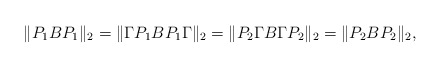
\begin{align*}\|P_1BP_1\|_2 = \| \Gamma P_1BP_1 \Gamma \|_2 =\|P_2 \Gamma B \Gamma P_2 \|_2 = \|P_2BP_2\|_2,\end{align*}